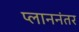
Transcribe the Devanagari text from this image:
प्लाननंतर